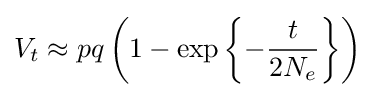
V_{t}\approx pq\left(1-\exp \left\{-{\frac {t}{2N_{e}}}\right\}\right)